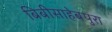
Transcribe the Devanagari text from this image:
बिबीसाहेबपुरा